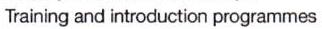
Training and introduction programmes